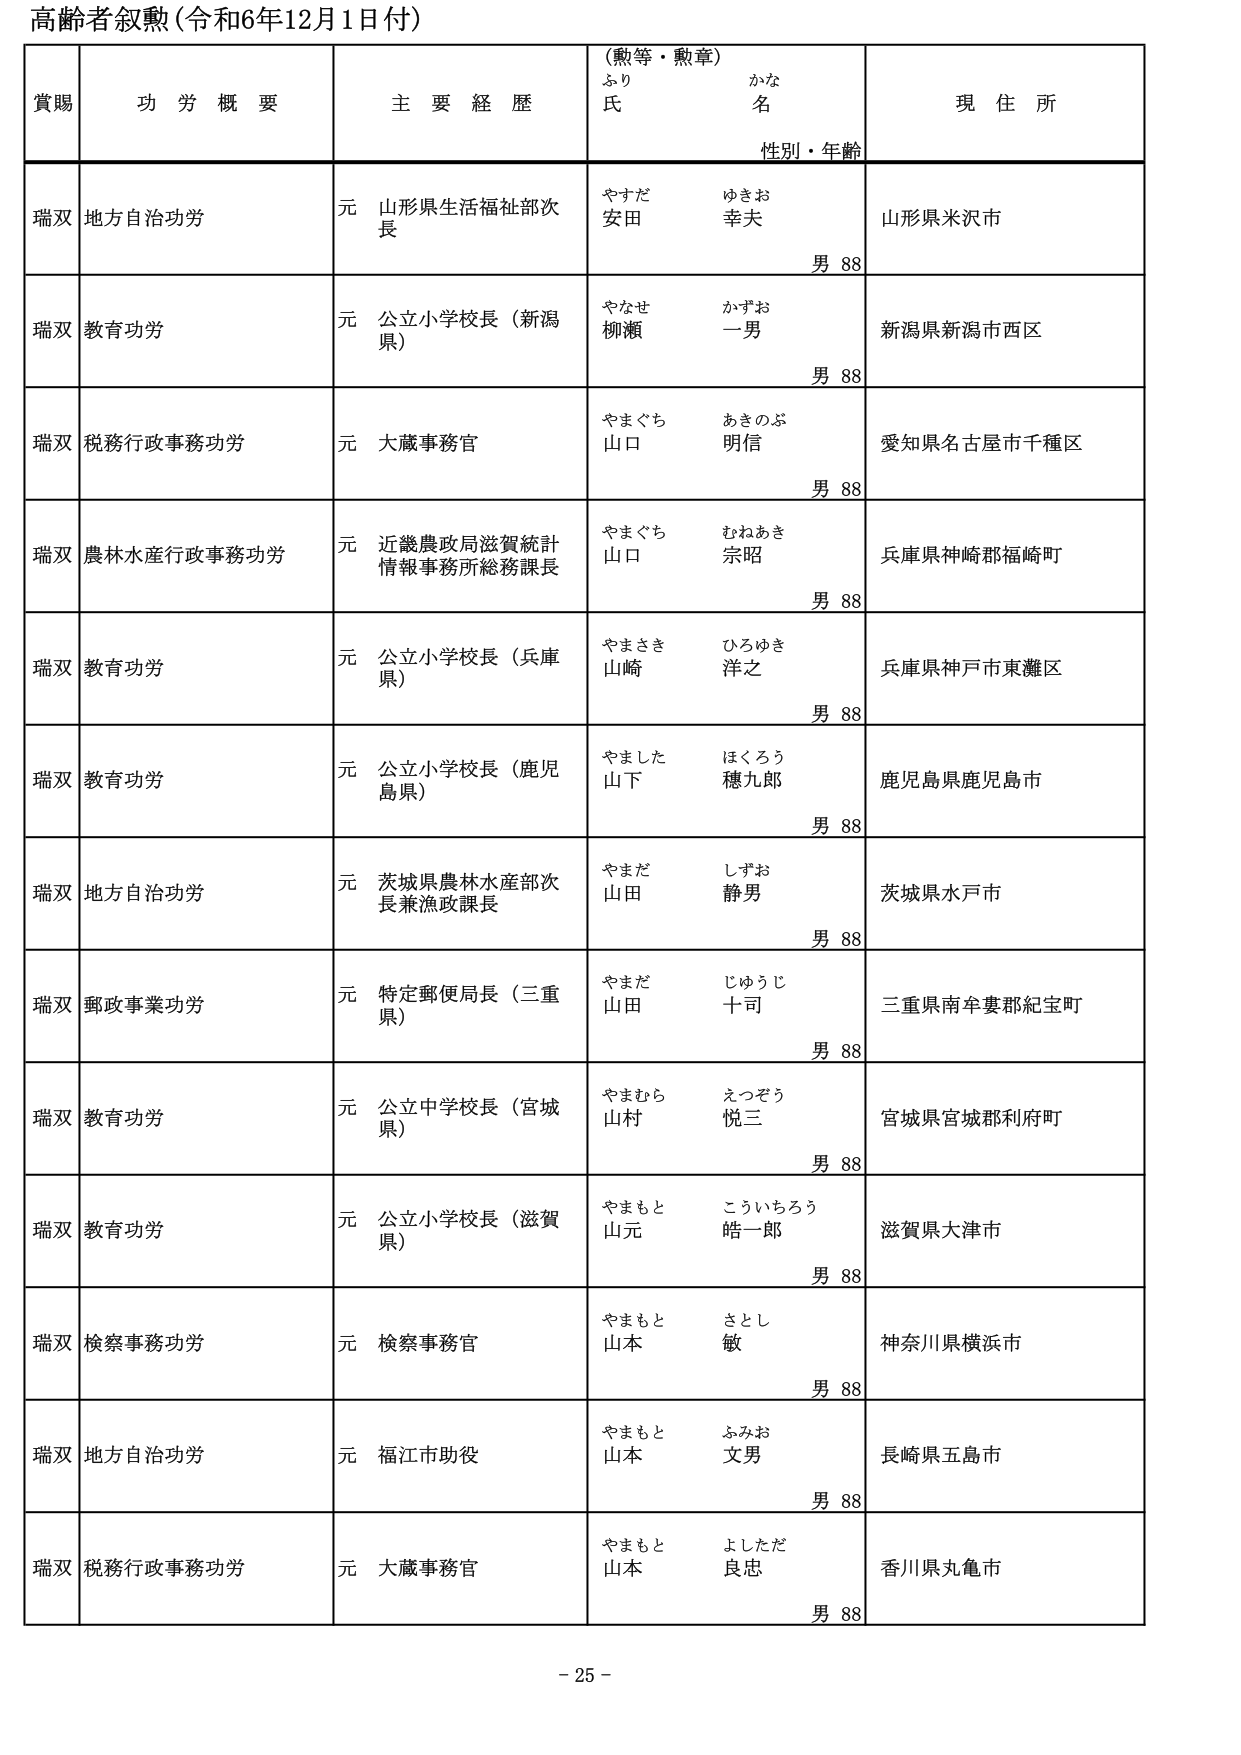
高齢者叙勲（令和6年12月1日付）

賞賜　　功労概要　　主要経歴　　（勲等・勲章）　　現住所
　　　　　　　　　　　　　　ふり　　かな
　　　　　　　　　　　　　　氏　　名
　　　　　　　　　　　　　　性別・年齢

瑞双　地方自治功労　　元 山形県生活福祉部次長　　やすだ　ゆきお　　山形県米沢市
　　　　　　　　　　　　　　　　　　　　　　　　安田　幸夫　　男 88

瑞双　教育功労　　元 公立小学校長（新潟県）　　やなせ　かずお　　新潟県新潟市西区
　　　　　　　　　　　　　　　　　　　　　　　　柳瀬　一男　　男 88

瑞双　税務行政事務功労　　元 大蔵事務官　　やまぐち　あきのぶ　　愛知県名古屋市千種区
　　　　　　　　　　　　　　　　　　　　　　　　山口　明信　　男 88

瑞双　農林水産行政事務功労　　元 近畿農政局滋賀統計情報事務所総務課長　　やまぐち　むねあき　　兵庫県神崎郡福崎町
　　　　　　　　　　　　　　　　　　　　　　　　　　　　　　　　　　山口　宗昭　　男 88

瑞双　教育功労　　元 公立小学校長（兵庫県）　　やまさき　ひろゆき　　兵庫県神戸市東灘区
　　　　　　　　　　　　　　　　　　　　　　　　山崎　洋之　　男 88

瑞双　教育功労　　元 公立小学校長（鹿児島県）　　やました　ほくろう　　鹿児島県鹿児島市
　　　　　　　　　　　　　　　　　　　　　　　　山下　穂九郎　　男 88

瑞双　地方自治功労　　元 茨城県農林水産部次長兼漁政課長　　やまだ　しずお　　茨城県水戸市
　　　　　　　　　　　　　　　　　　　　　　　　　　　　　　山田　静男　　男 88

瑞双　郵政事業功労　　元 特定郵便局長（三重県）　　やまだ　じゅうじ　　三重県南牟婁郡紀宝町
　　　　　　　　　　　　　　　　　　　　　　　　　　　　　　山田　十司　　男 88

瑞双　教育功労　　元 公立中学校長（宮城県）　　やまむら　えつぞう　　宮城県宮城郡利府町
　　　　　　　　　　　　　　　　　　　　　　　　山村　悦三　　男 88

瑞双　教育功労　　元 公立小学校長（滋賀県）　　やまもと　こういちろう　　滋賀県大津市
　　　　　　　　　　　　　　　　　　　　　　　　山元　皓一郎　　男 88

瑞双　検察事務功労　　元 検察事務官　　やまもと　さとし　　神奈川県横浜市
　　　　　　　　　　　　　　　　　　　　　　　　山本　敏　　男 88

瑞双　地方自治功労　　元 福江市助役　　やまもと　ふみお　　長崎県五島市
　　　　　　　　　　　　　　　　　　　　　　　　山本　文男　　男 88

瑞双　税務行政事務功労　　元 大蔵事務官　　やまもと　よしただ　　香川県丸亀市
　　　　　　　　　　　　　　　　　　　　　　　　山本　良忠　　男 88

- 25 -